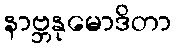
နာဗ္ဘနုမောဒိတာ